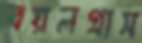
বয়লগ্রাস